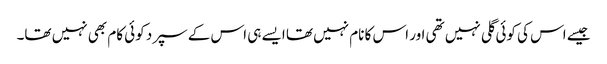
جیسے اس کی کوئی گلی نہیں تھی اور اس کا نام نہیں تھا ایسے ہی اس کے سپرد کوئی کام بھی نہیں تھا۔